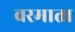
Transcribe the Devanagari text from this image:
वरमाता